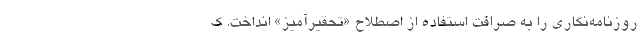
روزنامه‌نگاری را به صرافت استفاده از اصطلاح «تحقیرآمیز» انداخت. ک